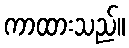
ကာထားသည်။